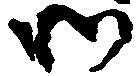
御